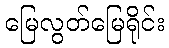
မြေလွတ်မြေရိုင်း